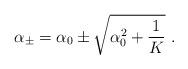
LaTeX: \begin{align*}{\alpha}_\pm={\alpha}_0\pm\sqrt{{\alpha}_0^2+{1\over K}}{}~.\end{align*}